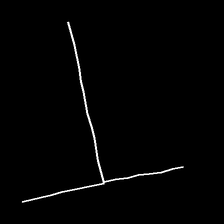
Glyph: column